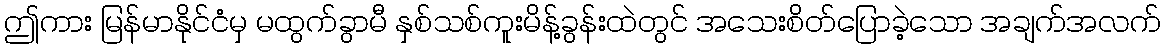
ဤကား မြန်မာနိုင်ငံမှ မထွက်ခွာမီ နှစ်သစ်ကူးမိန့်ခွန်းထဲတွင် အသေးစိတ်ပြောခဲ့သော အချက်အလက်